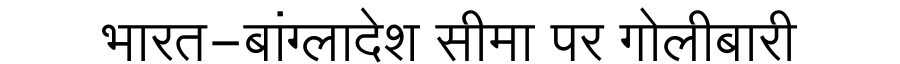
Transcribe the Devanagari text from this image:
भारत-बांग्लादेश सीमा पर गोलीबारी